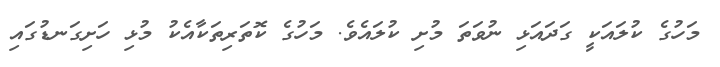
މަހުގެ ކުލައަކީ ގަދައަޅި ނުވަތަ މުށި ކުލައެވެ. މަހުގެ ކޮތަރިތަކާއެކު މުޅި ހަށިގަނޑުގައި